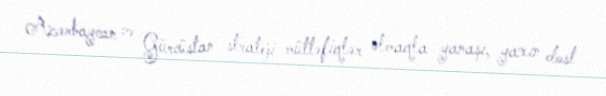
Azərbaycan və Gürcüstan strateji müttəfiqlər olmaqla yanaşı, yaxın dost